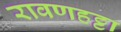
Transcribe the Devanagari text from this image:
रावणहट्टा